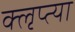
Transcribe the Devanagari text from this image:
क्‍ऌप्‍त्या